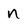
Character: n